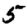
Digit: 5